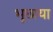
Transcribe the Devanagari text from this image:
भूछाया